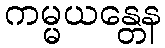
ကမ္မယန္တေန